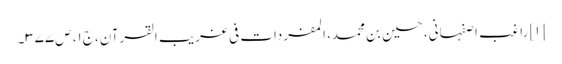
[۱] راغب اصفہانی، حسین بن محمد، المفردات فی غریب القرآن، ج۱، ص۳۷۷۔